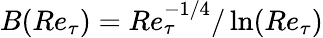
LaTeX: B(Re_{\tau})=Re_{\tau}^{-1/4}/\ln(Re_{\tau})